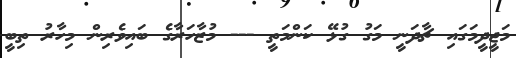
މަޖީދީމަގައި ޗާދަނީ މަގު ގުޅޭ ކަންމަތީ --- މުޒާހަރާގެ ބައިވެރިން މިހާރު ތިބީ